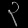
Digit: ၃